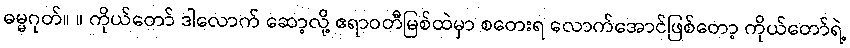
ဓမ္မဂုတ်။ ။ ကိုယ်တော် ဒါလောက် ဆော့လို့ ဧရာဝတီမြစ်ထဲမှာ စတေးရ လောက်အောင်ဖြစ်တော့ ကိုယ်တော်ရဲ့